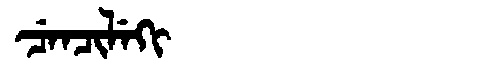
Manchu: ᠴᡝᠨᠴᡳᠯᡝᡴᡳ
Romanization: CENCILEKI